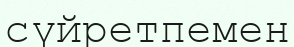
сүйретпемен